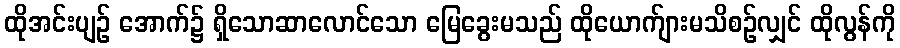
ထိုအင်းပျဉ် အောက်၌ ရှိသောဆာလောင်သော မြေခွေးမသည် ထိုယောက်ျားမသိစဉ်လျှင် ထိုလွန်ကို